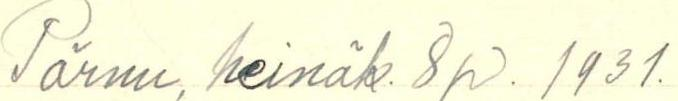
Pärnu, heinäk. 8p. 1931.